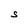
Character: S